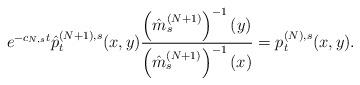
LaTeX: \begin{align*}e^{-c_{N,s} t}\hat{p}_t^{(N+1),s}(x,y)\frac{\left(\hat{m}_s^{(N+1)}\right)^{-1}(y)}{\left(\hat{m}_s^{(N+1)}\right)^{-1}(x)}=p_t^{(N),s}(x,y).\end{align*}